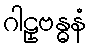
ဂါဠှဗန္ဓနံ